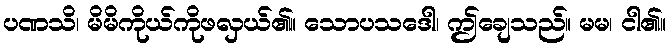
ပဏသိ၊ မိမိကိုယ်ကိုဖလှယ်၏။ သောပသဒေါ၊ ဤချေသည်။ မမ၊ ငါ၏။